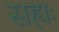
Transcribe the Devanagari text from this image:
सह्यः